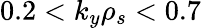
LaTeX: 0.2<k_{y}\rho_{s}<0.7